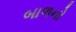
બાળનો